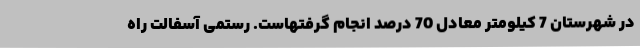
در شهرستان 7 کیلومتر معادل 70 درصد انجام گرفتهاست. رستمی آسفالت راه